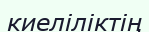
киеліліктің